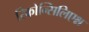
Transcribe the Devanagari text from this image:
रिकोन्सिलिएश्न